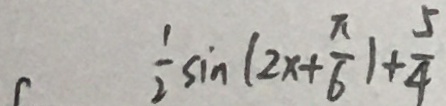
\frac { 1 } { 2 } \sin ( 2 x + \frac { \pi } { 6 } ) + \frac { 5 } { 4 }